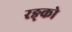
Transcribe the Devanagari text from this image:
रङ्को